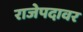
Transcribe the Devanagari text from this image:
राजेपदावर